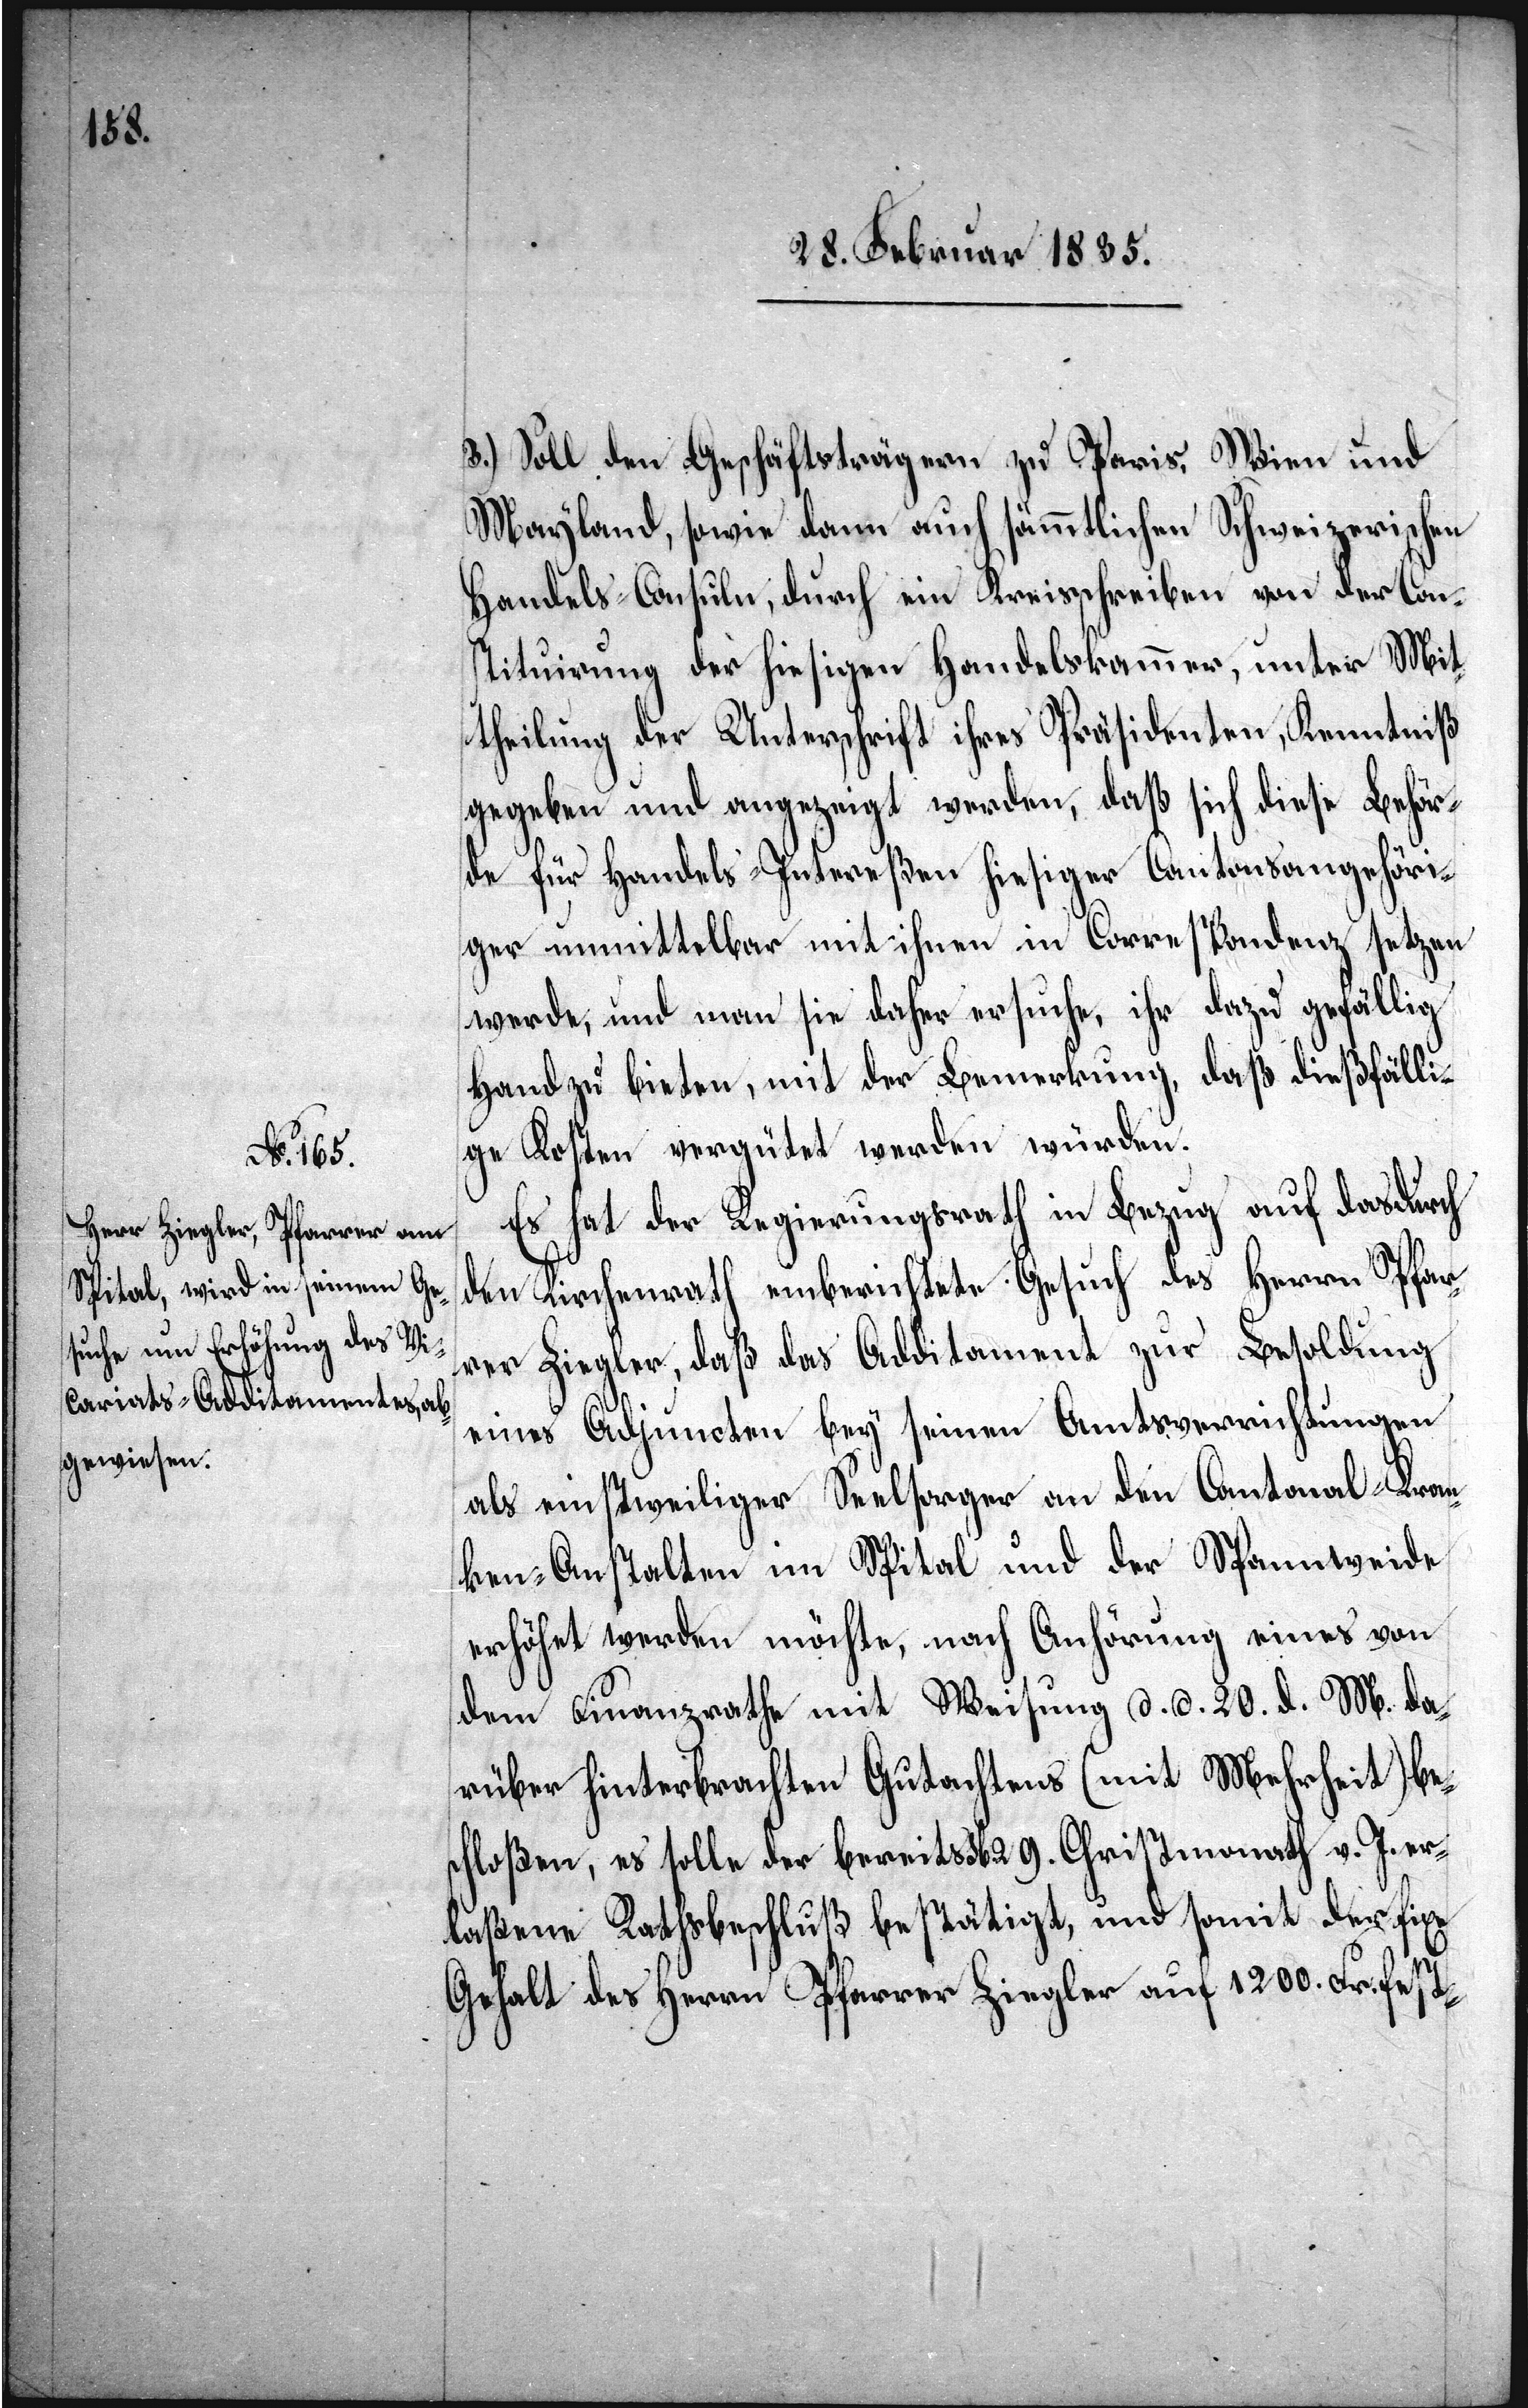
3.) Soll den Geschäftsträgern zu Paris, Wien und
Mayland, sowie dann auch sämmtlichen Schweizerischen
Handels-Consuln, durch ein Kreisschreiben von der Con¬
stituirung der hiesigen Handelskammer, unter Mit¬
theilung der Unterschrift ihres Präsidenten, Kenntniß
gegeben und angezeigt werden, daß sich diese Behör¬
de für Handels-Intereßen hiesiger Cantonsangehöri¬
setzen
ger unmittelbar mit ihnen in Correspondenz
werde, und man sie daher ersuche, ihr dazu gefällig
Hand zu bieten, mit der Bemerkung, daß dießfälli¬
ge Kosten vergütet werden würden.
Es hat der Regierungsrath in Bezug auf das durch
den Kirchenrath einberichtete Gesuch des Herrn Pfar¬
rer Ziegler, daß das Additament zur Besoldung
eines Adjuncten bey seinen Amtsverrichtungen
als einstweiliger Seelsorger an den Cantonal-Kran¬
ken-Anstalten im Spital und der Spannweide
erhöht werden möchte, nach Anhörung eines von
dem Finanzrathe mit Weisung d. d. 20. d. M. da¬
rüber hinterbrachten Gutachtens (mit Mehrheit) be¬
schloßen, es solle der bereits sb. 29. Christmonath v. J. er¬
laßene Rathsbeschluß bestätigt, und somit der fixe
Gehalt des Herrn Pfarrer Ziegler auf 1200. Fr. fest-